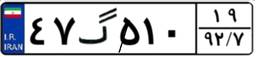
۶۷گ۶۵۳۹۹